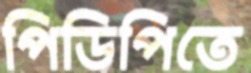
পিডিপিতে